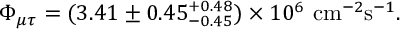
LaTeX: \Phi _ { \mu \tau } = ( 3 . 4 1 \pm 0 . 4 5 _ { - 0 . 4 5 } ^ { + 0 . 4 8 } ) \times 1 0 ^ { 6 } \ \mathrm { c m } ^ { - 2 } \mathrm { s } ^ { - 1 } .